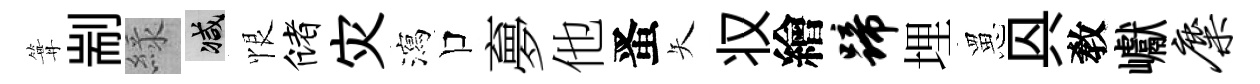
篝剬緑减恨储灾瀉口夣他󱉠矢𠬧繪蹄埋罳㒷敎巘麋